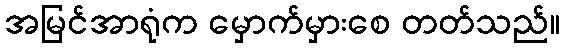
အမြင်အာရုံက မှောက်မှားစေ တတ်သည်။